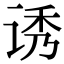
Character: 诱